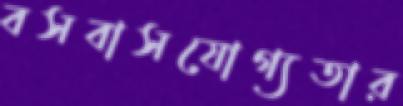
বসবাসযোগ্যতার